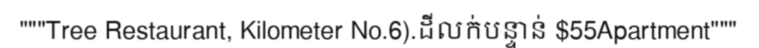
"""Tree Restaurant, Kilometer No.6).ដីលក់បន្ទាន់ $55Apartment"""